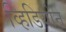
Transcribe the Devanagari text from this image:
व्हिडियोने